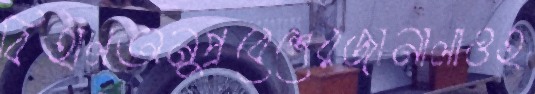
বিহালঅনুপ্রবেশেরজানালাওহ